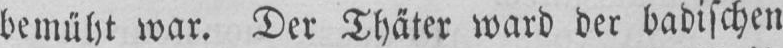
demuht war. Der Thater ward der badischcn